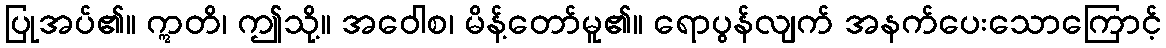
ပြုအပ်၏။ ဣတိ၊ ဤသို့။ အဝေါစ၊ မိန့်တော်မူ၏။ ရောပွန်လျက် အနက်ပေးသောကြောင့်